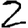
Digit: 2